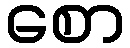
စော